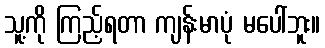
သူ့ကို ကြည့်ရတာ ကျန်းမာပုံ မပေါ်ဘူး။